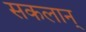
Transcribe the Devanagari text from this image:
सकलान्